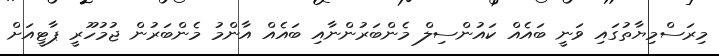
މިރަސްމިޔާތުގައި ވަނީ ބައެއް ކައުންސިލް މެންބަރުންނާއި ބައެއް އާންމު މެންބަރުން ޖުމުހޫރީ ޕާޓީއަށް